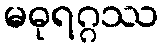
မဓုရဂ္ဂဿ